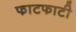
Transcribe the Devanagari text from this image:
फाटफाटी